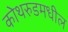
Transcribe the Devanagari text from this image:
कोथरुडमधील